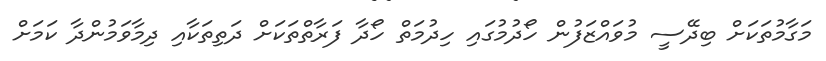
މަގާމުތަކަށް ބިދޭސީ މުވައްޒަފުން ހޯދުމުގައި ހިދުމަތް ހޯދާ ފަރާތްތަކަށް ދަތިތަކާއި ދިމާވަމުންދާ ކަމަށް